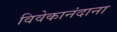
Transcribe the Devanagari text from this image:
विवेकानंदाना